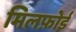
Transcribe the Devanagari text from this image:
मिलफ़ोर्ड